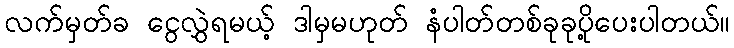
လက်မှတ်ခ ငွေလွှဲရမယ့် ဒါမှမဟုတ် နံပါတ်တစ်ခုခုပို့ပေးပါတယ်။